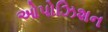
ઓપોઝિશન